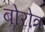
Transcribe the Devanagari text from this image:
बोरोत्र